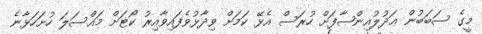
މީގެ ސަބަބުން ޢަދުލުއިންޞާފަށް ހުރަސް އެޅޭ ކަމަށް ވިދާޅުވެފައިވާއިރު ކޯޓަށް މައްސަލަ ހުށަހަޅާނެ